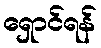
ရှောင်ရန်